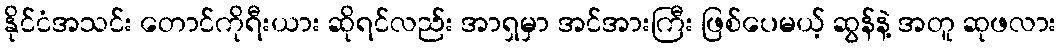
နိုင်ငံအသင်း တောင်ကိုရီးယား ဆိုရင်လည်း အာရှမှာ အင်အားကြီး ဖြစ်ပေမယ့် ဆွန်နဲ့ အတူ ဆုဖလား